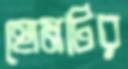
হোমটির